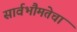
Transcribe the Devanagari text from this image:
सार्वभौमतेचा